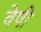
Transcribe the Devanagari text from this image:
वेषी